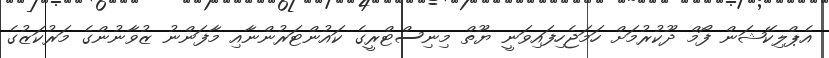
އެޕްލިކޭޝަން ފޯމް ދޫކުރުމަށް ހަމަޖެހިފައިވަނީ ޔޫތް މިނިސްޓްރީގެ ކައުންޓަރުންނާއި މާފަންނު ޒުވާނުންގެ މަރުކަޒުގެ